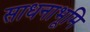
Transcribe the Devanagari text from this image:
साधनाभूमि